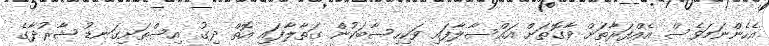
އެހެންނަމަވެސް އެއްފަރާތަށް ވާގޮތަށް އައްސާލާފައި ވަކިހިސާބަކުން ގަތާލާފައި އޮތް ދިގު އިސްތަށިގަނޑު ޝާރުދާގެ